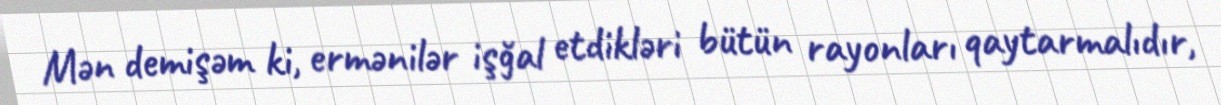
Mən demişəm ki, ermənilər işğal etdikləri bütün rayonları qaytarmalıdır,